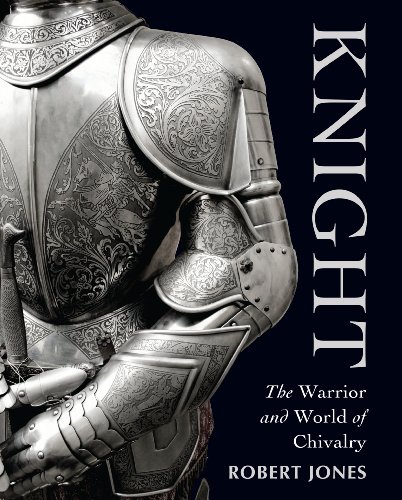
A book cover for Knight: The Warrior and World of Chivalry (General Military); Robert Jones; History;